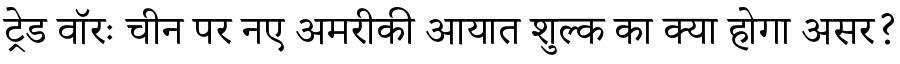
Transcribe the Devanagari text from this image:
ट्रेड वॉरः चीन पर नए अमरीकी आयात शुल्क का क्या होगा असर?